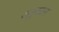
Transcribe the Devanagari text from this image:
अनुवचन